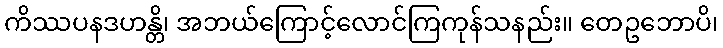
ကိဿပနဒဟန္တိ၊ အဘယ်ကြောင့်လောင်ကြကုန်သနည်း။ တေဥဘောပိ၊